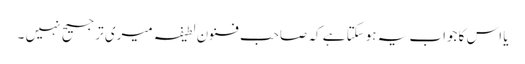
یا اس کا جواب یہ ہوسکتا ہے کہ صاحب فنونِ لطیفہ میری ترجیح نہیں ۔